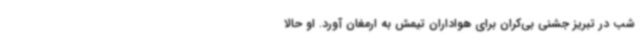
شب در تبریز جشنی بی‌کران برای هواداران تیمش به ارمغان آورد. او حالا